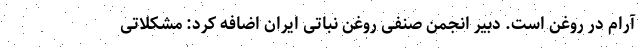
آرام در روغن است. دبیر انجمن صنفی روغن نباتی ایران اضافه کرد: مشکلاتی